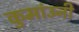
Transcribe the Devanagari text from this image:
कुमांउनी